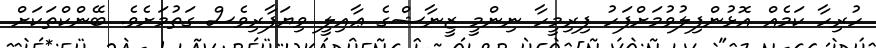
ހުރިހާ ކަމެއް އޮޅުންފިލުވުމަށްފަހު ފިރިމީހާ ނިންމީ ޒީނާޝްގެ ޢާއިލީ ވިޔަފާރިވެސް ގަތުމަށެވެ. ބޭންކްތަކަށް